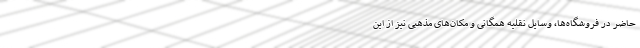
حاضر در فروشگاه‌ها، وسایل نقلیه همگانی و مکان‌های مذهبی نیز از این